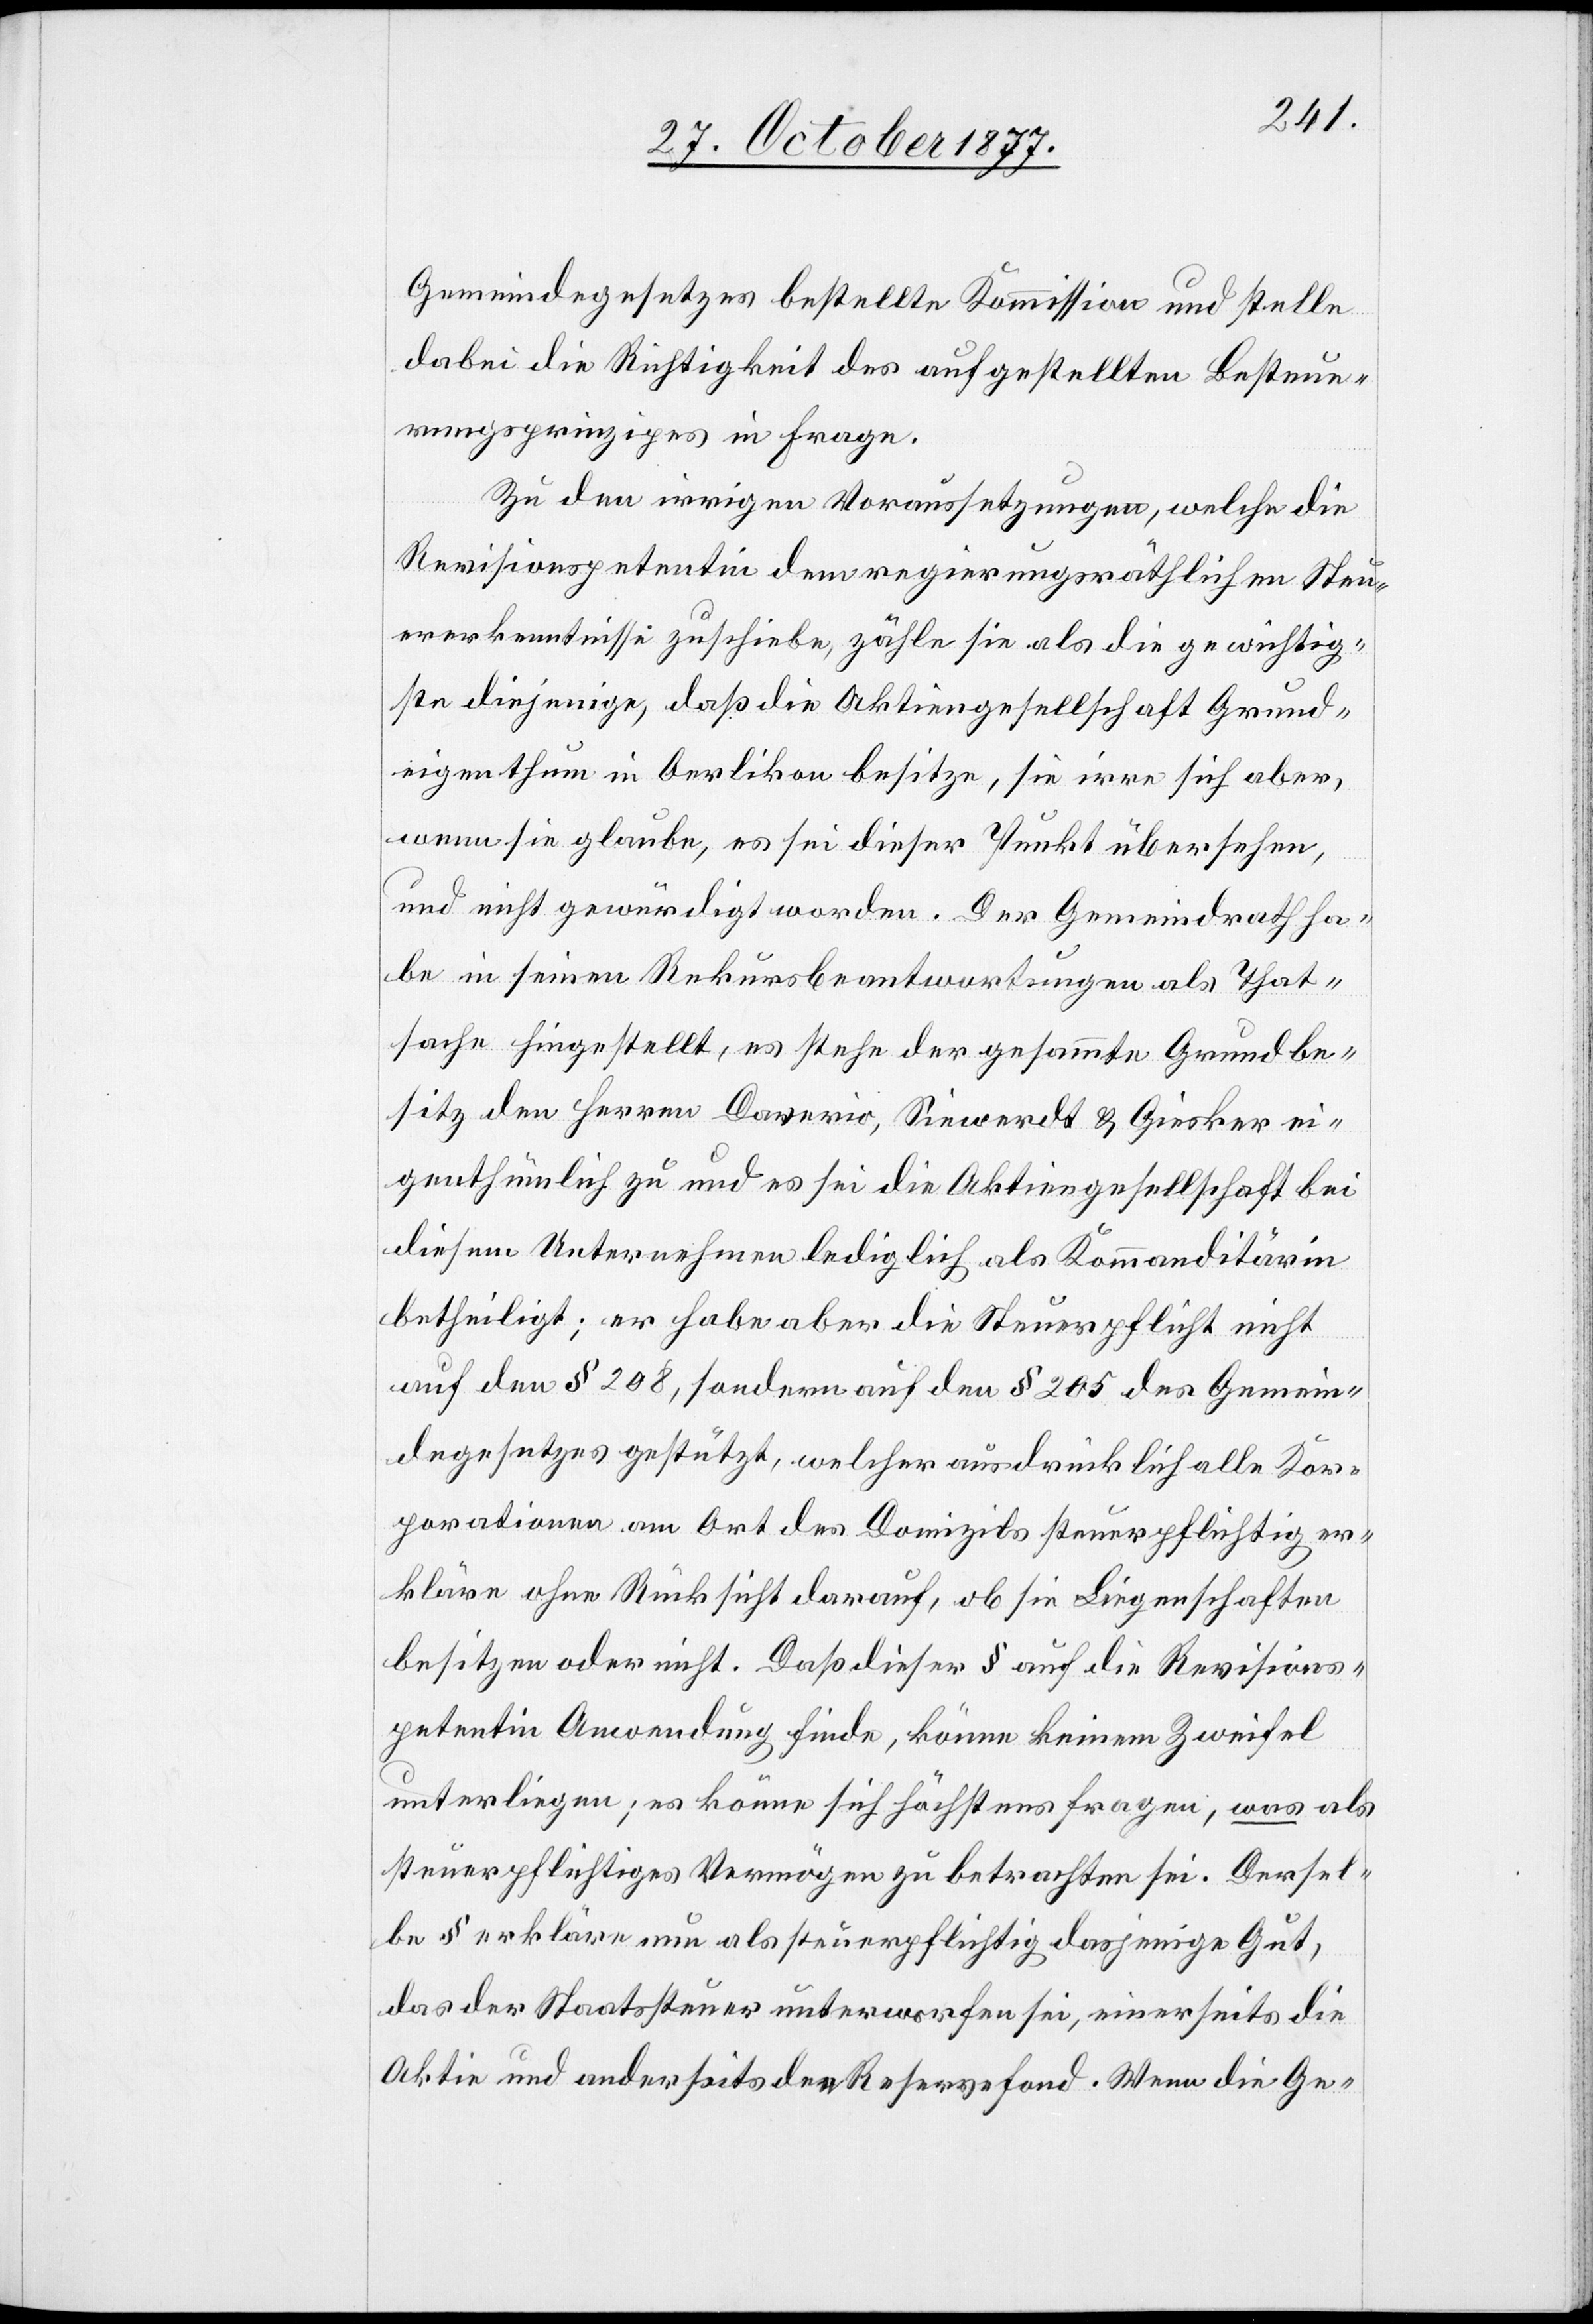
Gemeindegesetzes bestellte Kommission und stelle
dabei die Richtigkeit des aufgestellten Besteue¬
rungsprinzipes in Frage.
Zu den irrigen Voraussetzungen, welche die
Revisionspetentin dem regierungsräthlichen Steu¬
ererkenntnisse zuschiebe, zähle sie als die gewichtig¬
ste diejenige, daß die Aktiengesellschaft Grund¬
eigenthum in Oerlikon besitze, sie irre sich aber,
wenn sie glaube, es sei dieser Punkt übersehen,
und nicht gewürdigt worden. Der Gemeindrath ha¬
be in seinen Rekursbeantwortungen als That¬
sache hingestellt, es stehe der gesammte Grundbe¬
sitz den Herren Daverio, Siewerdt & Giesker ei¬
genthümlich zu und es sei die Aktiengesellschaft bei
diesem Unternehmen lediglich als Kommanditärin
betheiligt; er habe aber die Steuerpflicht nicht
auf den § 208, sondern auf den § 205 des Gemein¬
degesetzes gestützt, welcher ausdrücklich alle Kor¬
porationen am Ort des Domizils steuerpflichtig er¬
kläre ohne Rücksicht darauf, ob sie Liegenschaften
besitzen oder nicht. Daß dieser § auf die Revisions¬
petentin Anwendung finde, könne keinem Zweifel
unterliegen; es könne sich höchstens fragen, was als
steuerpflichtiges Vermögen zu betrachten sei. Dersel¬
be § erkläre nun als steuerpflichtig dasjenige Gut,
das der Staatssteuer unterworfen sei, einerseits die
Aktie und anderseits den Reservefond. Wenn die Ge-